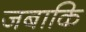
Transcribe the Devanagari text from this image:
जबाकि